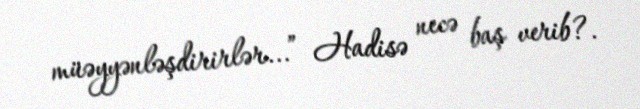
müəyyənləşdirirlər...” Hadisə necə baş verib?.